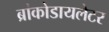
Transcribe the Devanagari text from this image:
ब्रांकोडायलेटर